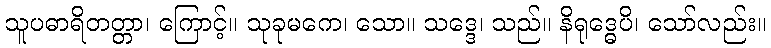
သူပဓာရိတတ္တာ၊ ကြောင့်။ သုခုမကေ၊ သော။ သဒ္ဒေ၊ သည်။ နိရုဒ္ဓေပိ၊ သော်လည်း။